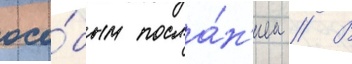
осо́бым посла́н'ием // В